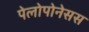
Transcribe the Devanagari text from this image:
पेलोपोनेसस